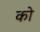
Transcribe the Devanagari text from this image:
को